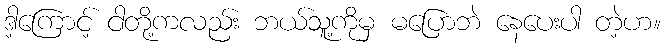
ဒါ့ကြောင့် ငါတို့ကလည်း ဘယ်သူ့ကိုမှ မပြောဘဲ နေပေးပါ တဲ့ဟ။